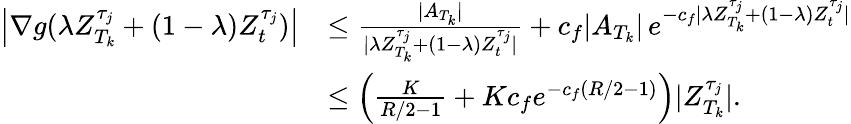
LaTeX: \begin{array}{rl}{\left|\nabla g(\lambda Z_{T_{k}}^{\tau_{j}}+(1-\lambda)Z_{t}^{\tau_{j}})\right|}&{\leq\frac{|A_{T_{k}}|}{|\lambda Z_{T_{k}}^{\tau_{j}}+(1-\lambda)Z_{t}^{\tau_{j}}|}+c_{f}|A_{T_{k}}|\, e^{-c_{f}|\lambda Z_{T_{k}}^{\tau_{j}}+(1-\lambda)Z_{t}^{\tau_{j}}|}}\\ &{\leq\left(\frac{K}{R/2-1}+Kc_{f}e^{-c_{f}(R/2-1)}\right)|Z_{T_{k}}^{\tau_{j}}|.}\end{array}